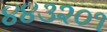
૪૪૩૨૦૧